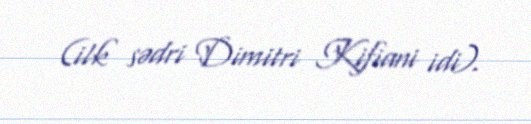
(ilk sədri Dimitri Kifiani idi).